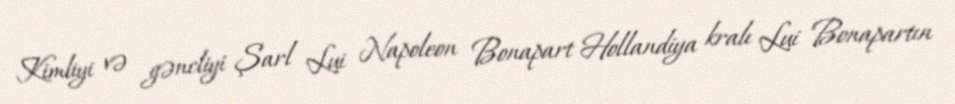
Kimliyi və gəncliyi Şarl Lui Napoleon Bonapart Hollandiya kralı Lui Bonapartın